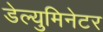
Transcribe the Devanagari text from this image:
डेल्युमिनेटर